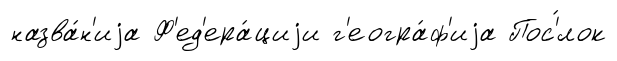
назва́н'иjа Ф'ед'ера́циjи г'еогра́ф'иjа Пос'́лок